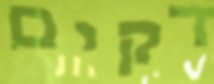
דקים